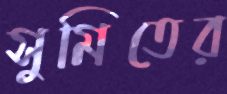
সুমিতের